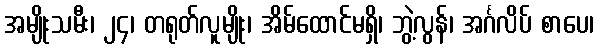
အမျိုးသမီး၊ ၂၄၊ တရုတ်လူမျိုး၊ အိမ်ထောင်မရှိ၊ ဘွဲ့လွန်၊ အင်္ဂလိပ် စာပေ၊